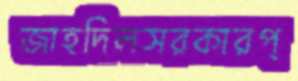
জাহদিলসরকারপ্